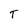
Character: T